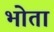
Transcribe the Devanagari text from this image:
भोता